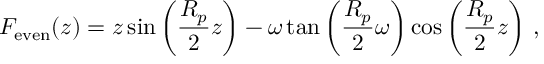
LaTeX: F _ { \mathrm { e v e n } } ( z ) = z \sin \left( \frac { R _ { p } } { 2 } z \right) - \omega \tan \left( \frac { R _ { p } } { 2 } \omega \right) \cos \left( \frac { R _ { p } } { 2 } z \right) \, ,